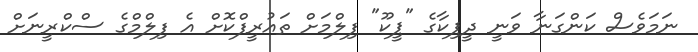
ނަމަވެސް ކަންގަނާ ވަނީ ދީޕިކާގެ "ޕީކޫ" ފިލްމަށް ތައުރީފްކޮށް އެ ފިލްމްގެ ސްކްރީނަށް